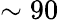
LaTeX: \sim 90